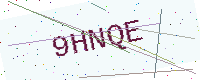
Text: 9HNQE